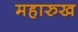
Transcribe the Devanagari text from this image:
महारुख